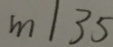
m / 3 5